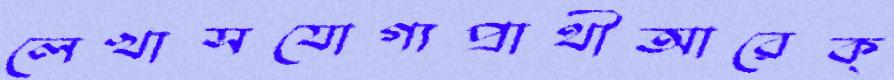
লেখাসযোগ্যপ্রার্থীআরেক্